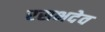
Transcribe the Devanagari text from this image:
रसभदेव